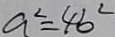
a ^ { 2 } = 4 b ^ { 2 }